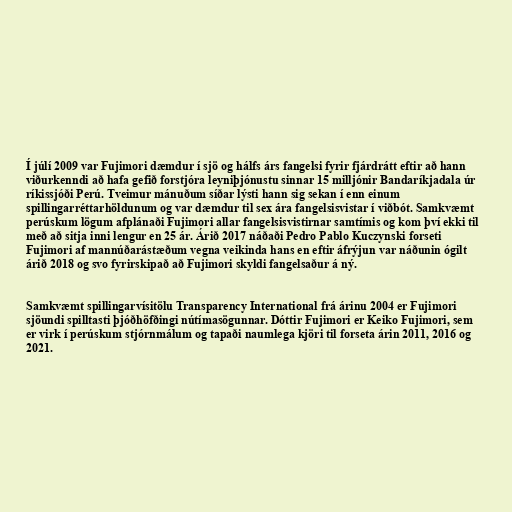
Í júlí 2009 var Fujimori dæmdur í sjö og hálfs árs fangelsi fyrir fjárdrátt eftir að hann
viðurkenndi að hafa gefið forstjóra leyniþjónustu sinnar 15 milljónir Bandaríkjadala úr
ríkissjóði Perú. Tveimur mánuðum síðar lýsti hann sig sekan í enn einum
spillingarréttarhöldunum og var dæmdur til sex ára fangelsisvistar í viðbót. Samkvæmt
perúskum lögum afplánaði Fujimori allar fangelsisvistirnar samtímis og kom því ekki til
með að sitja inni lengur en 25 ár. Árið 2017 náðaði Pedro Pablo Kuczynski forseti
Fujimori af mannúðarástæðum vegna veikinda hans en eftir áfrýjun var náðunin ógilt
árið 2018 og svo fyrirskipað að Fujimori skyldi fangelsaður á ný.

Samkvæmt spillingarvísitölu Transparency International frá árinu 2004 er Fujimori
sjöundi spilltasti þjóðhöfðingi nútímasögunnar. Dóttir Fujimori er Keiko Fujimori, sem
er virk í perúskum stjórnmálum og tapaði naumlega kjöri til forseta árin 2011, 2016 og
2021.